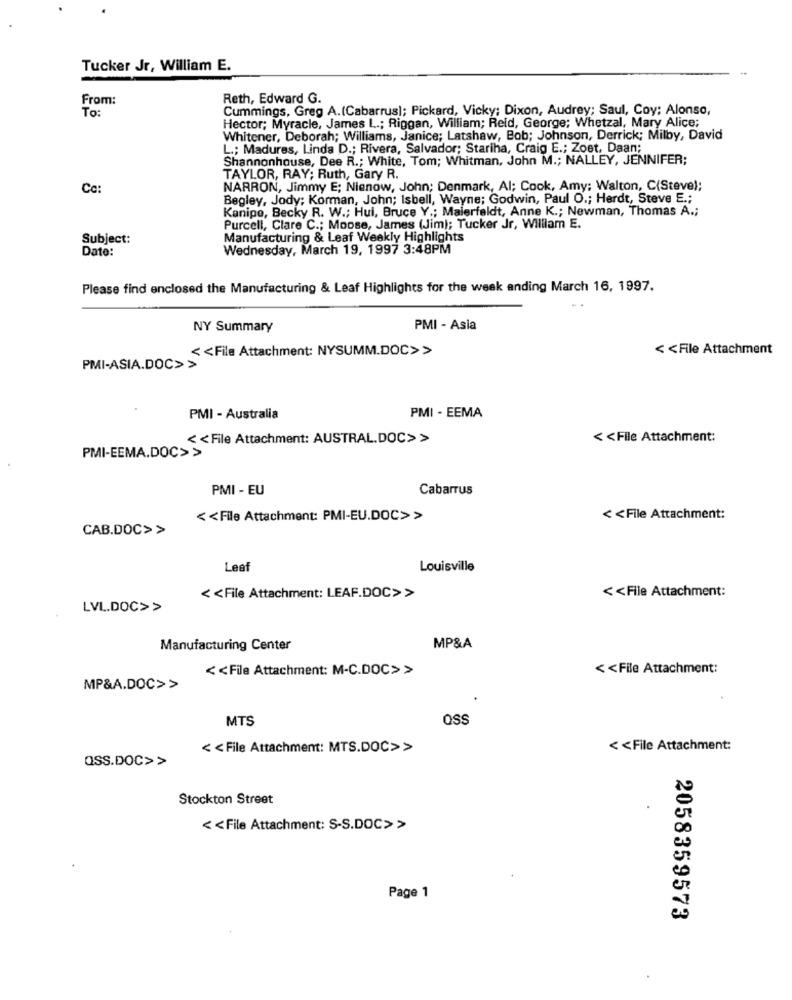
Tucker Jr, William E.
From:
Reth, Edward G.
To:
Cummings, Greg A.(Cabarrus); Pickard, Vicky; Dixon, Audrey; Saul, Coy; Alonso,
Hector; Myracle, James L .; Riggan, William; Reid, George; Whetzal, Mary Alice;
Whitener, Deborah; Williams, Janice; Latshaw, Bob; Johnson, Derrick; Milby, David
L .; Madures, Linda D .; Rivera, Salvador; Stariha, Craig E .; Zoet, Daan;
Shannonhouse, Dee R .; White, Tom; Whitman, John M .; NALLEY, JENNIFER;
TAYLOR, RAY; Ruth, Gary R.
Cc:
NARRON, Jimmy E; Nienow, John; Denmark, Al; Cook, Amy; Walton, C(Steve);
Begley, Jody; Korman, John; Isbell, Wayne; Godwin, Paul O .; Herdt, Steve E .;
Kanipo, Becky R. W .; Hui, Bruce Y .; Malerfeldt, Anne K .; Newman, Thomas A .;
Purcell, Clare C .; Moose, James (Jim); Tucker Jr, William E.
Subject:
Manufacturing & Leaf Weekly Highlights
Date:
Wednesday, March 19, 1997 3:48PM
Please find enclosed the Manufacturing & Leaf Highlights for the week anding March 16, 1997.
NY Summary
PMI - Asia
<< File Attachment: NYSUMM.DOC>>
< < File Attachment
PMI-ASIA.DOC>>
PMI - Australia
PMI - EEMA
< < File Attachment: AUSTRAL.DOC>>
< < File Attachment:
PMI-EEMA.DOC>>
PMI - EU
Cabarrus
< < File Attachment: PMI-EU.DOC>>
< < File Attachment:
CAB.DOC>>
Leet
Louisville
<< File Attachment:
< < File Attachment: LEAF.DOC>>
LVL.DOC>>
Manufacturing Center
MP&A
< < File Attachment: M-C.DOC>>
<< File Attachment:
MP&A.DOC>>
MTS
OSS
< < File Attachment: MTS.DOC>>
< < File Attachment:
QSs.DOC>>
Stockton Street
< < File Attachment: S-S.DOC> >
Page 1
2058359573